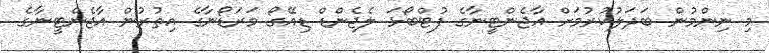
މި ނިންމުން ބަދަލުކުރުމަށް އާޖެންޓީނާގެ ފުޓްބޯޅަ ލެޖެންޑް ޑިއޭގޯ މަރަޑޯނާގެ އިތުރުން އާޖެންޓީނާގެ